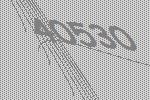
40530